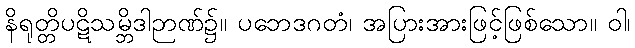
နိရုတ္တိပဋိသမ္ဘိဒါဉာဏ်၌။ ပဘေဒဂတံ၊ အပြားအားဖြင့်ဖြစ်သော။ ဝါ၊